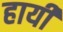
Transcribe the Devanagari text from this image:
हायी